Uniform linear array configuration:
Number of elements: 8
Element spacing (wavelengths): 1
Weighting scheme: cosine
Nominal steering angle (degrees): -30
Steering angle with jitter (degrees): -28.557
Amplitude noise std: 0.05
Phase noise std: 0.05

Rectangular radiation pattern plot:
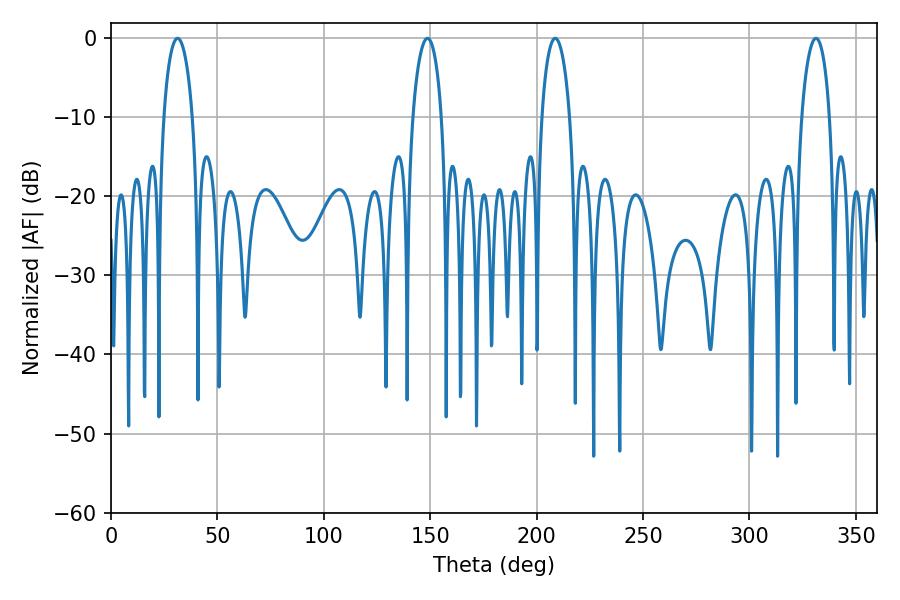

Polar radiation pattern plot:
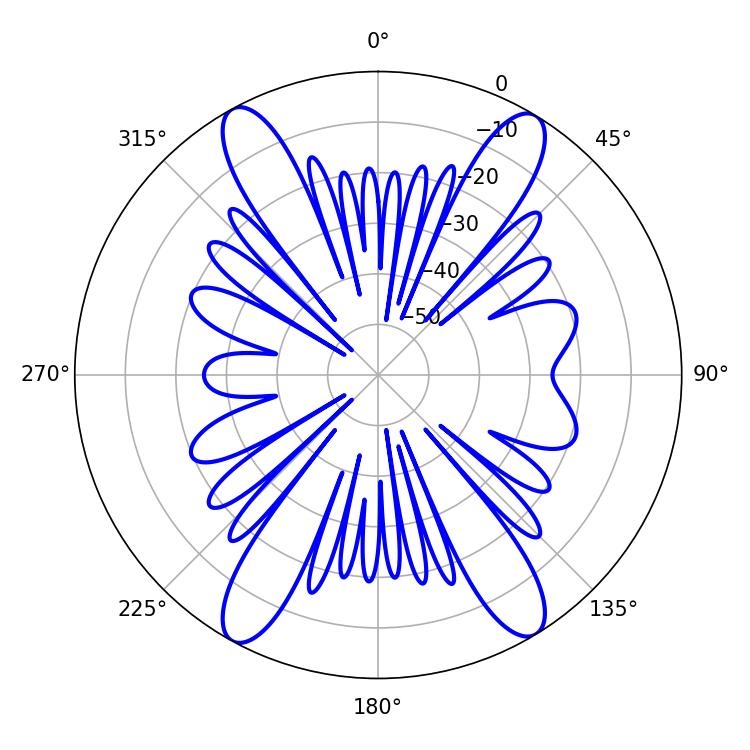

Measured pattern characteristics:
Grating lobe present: TRUE
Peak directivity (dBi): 20.604
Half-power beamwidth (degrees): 7.74
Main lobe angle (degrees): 148.68